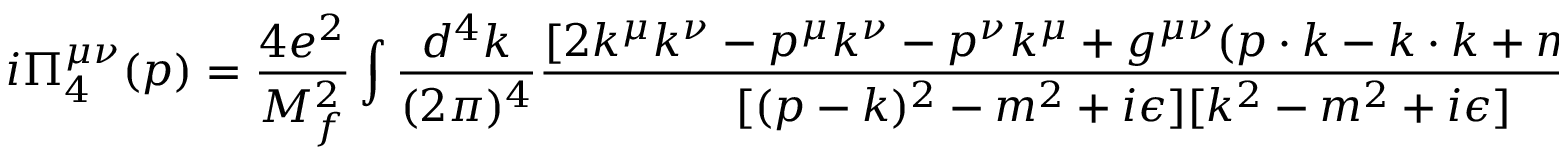
i \Pi _ { 4 } ^ { \mu \nu } ( p ) = \frac { 4 e ^ { 2 } } { M _ { f } ^ { 2 } } \int \frac { d ^ { 4 } k } { ( 2 \pi ) ^ { 4 } } \frac { [ 2 k ^ { \mu } k ^ { \nu } - p ^ { \mu } k ^ { \nu } - p ^ { \nu } k ^ { \mu } + g ^ { \mu \nu } ( p \cdot k - k \cdot k + m ^ { 2 } ) ] k ^ { 2 } } { [ ( p - k ) ^ { 2 } - m ^ { 2 } + i \epsilon ] [ k ^ { 2 } - m ^ { 2 } + i \epsilon ] } ,